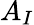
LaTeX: A_{I}